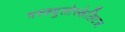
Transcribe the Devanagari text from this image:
मस्क्युलोस्केलिटल